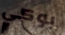
بوكي